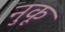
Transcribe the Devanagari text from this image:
नुकू